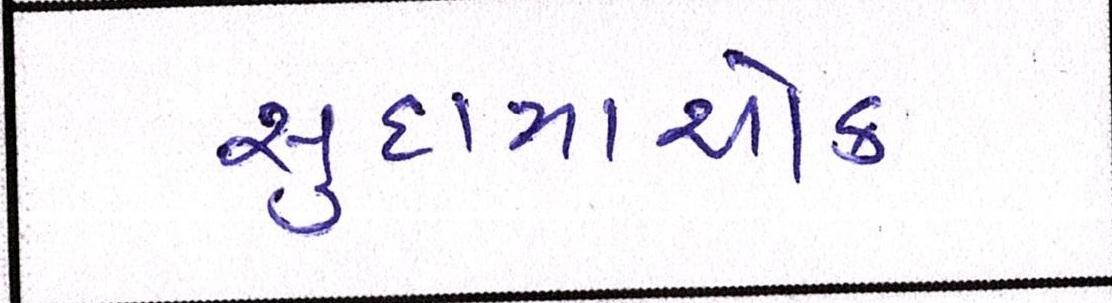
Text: સુદામાચોક